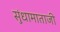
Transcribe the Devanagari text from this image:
सुंधामाताजी